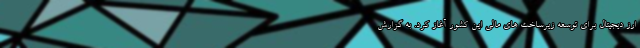
ارز دیجیتال برای توسعه زیرساخت های مالی این کشور آغاز کرد. به گزارش